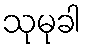
သုမုခါ